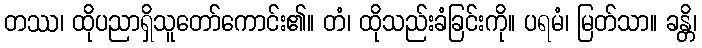
တဿ၊ ထိုပညာရှိသူတော်ကောင်း၏။ တံ၊ ထိုသည်းခံခြင်းကို။ ပရမံ၊ မြတ်သာ။ ခန္တိ၊